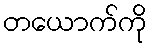
တယောက်ကို